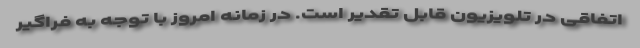
اتفاقی در تلویزیون قابل تقدیر است. در زمانه امروز با توجه به فراگیر